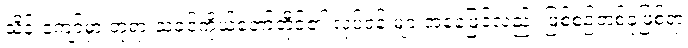
သိန်းကျော်မှာ ဘုရားသခင်ကိုယ်တော်တိုင်၏ လုပ်ငန်းများအနေဖြင့်လည်း ဖြစ်စဉ်တစ်ခုဖြစ်ရာ